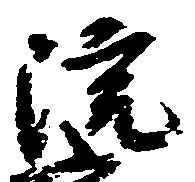
院